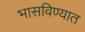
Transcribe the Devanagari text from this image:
भासविण्यात